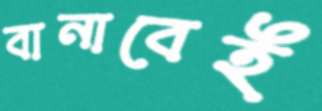
বানাবেই